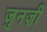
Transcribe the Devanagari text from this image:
जुनज़ी